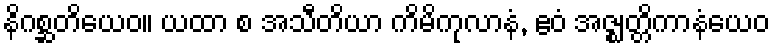
နိဂစ္ဆတိယေဝ။ ယထာ စ အသီတိယာ ကိမိကုလာနံ, ဧဝံ အဇ္ဈတ္တိကာနံယေဝ